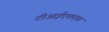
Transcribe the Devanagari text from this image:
टीआईएफ़एफ़